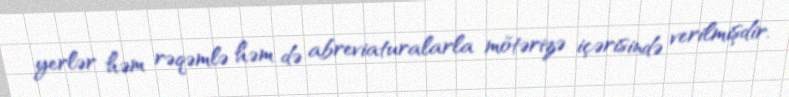
yerlər həm rəqəmlə həm də abreviaturalarla mötərizə içərisində verilmişdir.